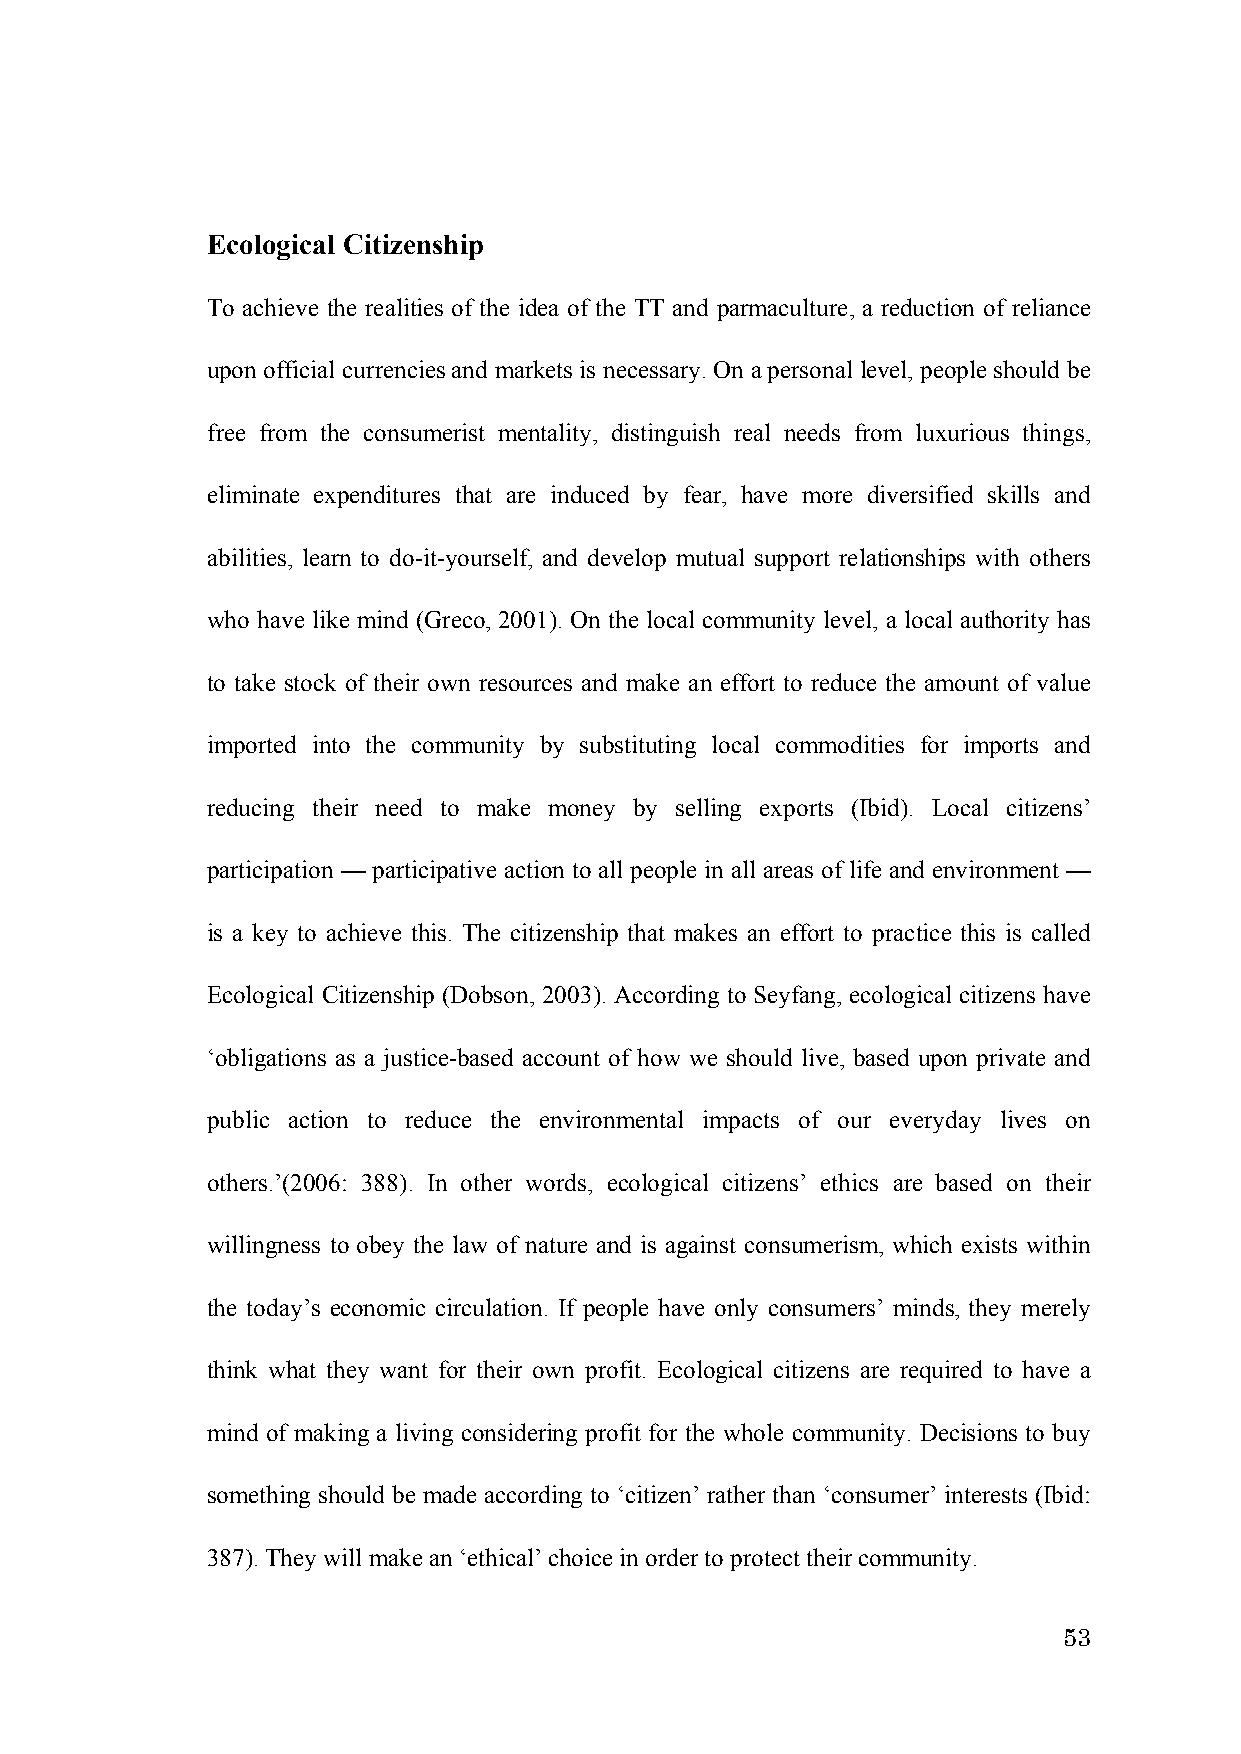
Ecological Citizenship
 To achieve the realities of the idea of the TT and parmaculture, a reduction of reliance
 upon official currencies and markets is necessary. On a personal level, people should be
 free from the consumerist mentality, distinguish real needs from luxurious things,
 eliminate expenditures that are induced by fear, have more diversified skills and
 abilities, learn to do-it-yourself, and develop mutual support relationships with others
 who have like mind (Greco, 2001). On the local community level, a local authority has
 to take stock of their own resources and make an effort to reduce the amount of value
 imported into the community by substituting local commodities for imports and
 reducing their need to make money by selling exports (Ibid). Local citizens’
 participation — participative action to all people in all areas of life and environment —
 is a key to achieve this. The citizenship that makes an effort to practice this is called
 Ecological Citizenship (Dobson, 2003). According to Seyfang, ecological citizens have
 ‘obligations as a justice-based account of how we should live, based upon private and
 public action to reduce the environmental impacts of our everyday lives on
 others.’(2006: 388). In other words, ecological citizens’ ethics are based on their
 willingness to obey the law of nature and is against consumerism, which exists within
 the today’s economic circulation. If people have only consumers’ minds, they merely
 think what they want for their own profit. Ecological citizens are required to have a
 mind of making a living considering profit for the whole community. Decisions to buy
 something should be made according to ‘citizen’ rather than ‘consumer’ interests (Ibid:
 387). They will make an ‘ethical’ choice in order to protect their community.
 53